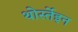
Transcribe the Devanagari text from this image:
थोर्स्तेइन